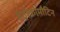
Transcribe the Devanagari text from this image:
हेट्रोक्रोमौटिन